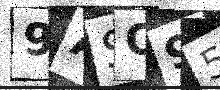
Text: 9ASO95